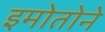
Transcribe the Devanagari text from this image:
इमोतोने